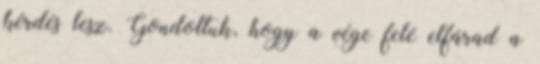
kérdés lesz. Gondoltuk, hogy a vége felé elfárad a